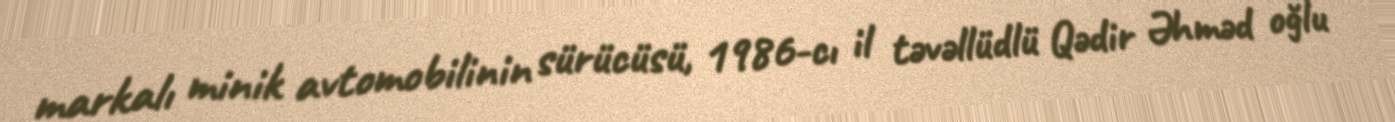
markalı minik avtomobilinin sürücüsü, 1986-cı il təvəllüdlü Qədir Əhməd oğlu